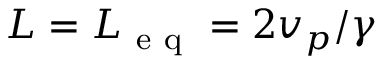
L = L _ { \mathrm { ~ e ~ q ~ } } = 2 v _ { p } / \gamma